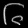
Digit: ၆